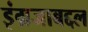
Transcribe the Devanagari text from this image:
इंग्रजाबद्दल